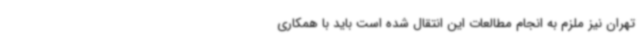
تهران نیز ملزم به انجام مطالعات این انتقال شده است باید با همکاری